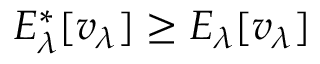
E _ { \lambda } ^ { \ast } [ v _ { \lambda } ] \geq E _ { \lambda } [ v _ { \lambda } ]